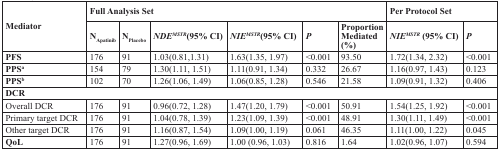
<table><thead><tr><td rowspan="2"><b>Mediator</b></td><td colspan="6"><b>Full Analysis Set</b></td><td colspan="2"><b>Per Protocol Set</b></td></tr><tr><td><b>N<sub>Apatinib</sub></b></td><td><b>N<sub>Placebo</sub></b></td><td><b><i>NDE</i><sup>MSTR</sup>(95% CI)</b></td><td><b><i>NIE</i><sup>MSTR</sup>(95% CI)</b></td><td><b><i>P</i></b></td><td><b>Proportion Mediated (%)</b></td><td><b><i>NIE</i><sup>MSTR</sup> (95% CI)</b></td><td><b><i>P</i></b></td></tr></thead><tbody><tr><td><b>PFS</b></td><td>176</td><td>91</td><td>1.03(0.81,1.31)</td><td>1.63(1.35, 1.97)</td><td>&lt;0.001</td><td>93.50</td><td>1.72(1.34, 2.32)</td><td>&lt;0.001</td></tr><tr><td><b>PPS</b><sup>a</sup></td><td>154</td><td>79</td><td>1.30(1.11, 1.51)</td><td>1.11(0.91, 1.34)</td><td>0.332</td><td>26.67</td><td>1.16(0.97, 1.43)</td><td>0.123</td></tr><tr><td><b>PPS</b><sup>b</sup></td><td>102</td><td>70</td><td>1.26(1.06, 1.49)</td><td>1.06(0.85, 1.28)</td><td>0.546</td><td>21.58</td><td>1.09(0.91, 1.32)</td><td>0.406</td></tr><tr><td colspan="9"><b>DCR</b></td></tr><tr><td>Overall DCR</td><td>176</td><td>91</td><td>0.96(0.72, 1.28)</td><td>1.47(1.20, 1.79)</td><td>&lt;0.001</td><td>50.91</td><td>1.54(1.25, 1.92)</td><td>&lt;0.001</td></tr><tr><td>Primary target DCR</td><td>176</td><td>91</td><td>1.04(0.78, 1.39)</td><td>1.23(1.09, 1.39)</td><td>&lt;0.001</td><td>48.91</td><td>1.30(1.11, 1.49)</td><td>&lt;0.001</td></tr><tr><td>Other target DCR</td><td>176</td><td>91</td><td>1.16(0.87, 1.54)</td><td>1.09(1.00, 1.19)</td><td>0.061</td><td>46.35</td><td>1.11(1.00, 1.22)</td><td>0.045</td></tr><tr><td><b>QoL</b></td><td>176</td><td>91</td><td>1.27(0.96, 1.69)</td><td>1.00 (0.96, 1.03)</td><td>0.816</td><td>1.64</td><td>1.02(0.96, 1.07)</td><td>0.594</td></tr></tbody></table>